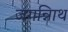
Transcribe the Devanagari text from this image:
जगन्नािथ